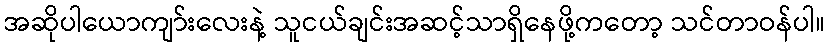
အဆိုပါယောကျာ်းလေးနဲ့ သူငယ်ချင်းအဆင့်သာရှိနေဖို့ကတော့ သင်တာဝန်ပါ။